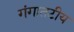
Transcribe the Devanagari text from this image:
गंगातटीय